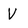
Character: V